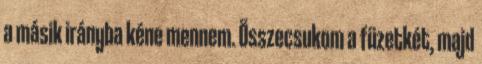
a másik irányba kéne mennem. Összecsukom a füzetkét, majd